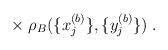
LaTeX: \begin{align*}\times \; \rho_B(\{x_j^{(b)}\}, \{y_j^{(b)}\}) \; .\end{align*}